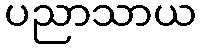
ပညာသာယ